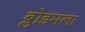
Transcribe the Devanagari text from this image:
ब्लोइमला